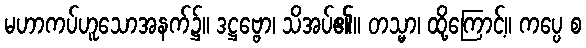
မဟာကပ်ဟူသောအနက်၌။ ဒဋ္ဌဗ္ဗော၊ သိအပ်၏။ တသ္မာ၊ ထို့ကြောင့်။ ကပ္ပေ စ